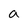
Character: a